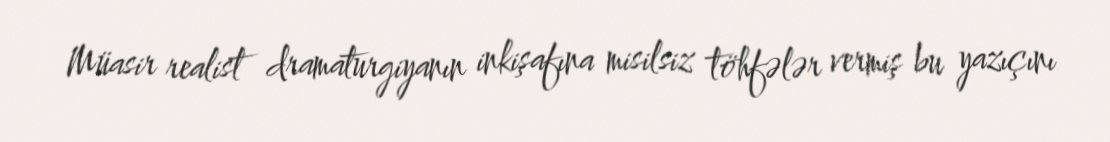
Müasir realist dramaturgiyanın inkişafına misilsiz töhfələr vermiş bu yazıçını